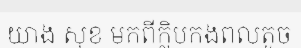
យាង សុខ មកពីក្លិបកងពលតូច